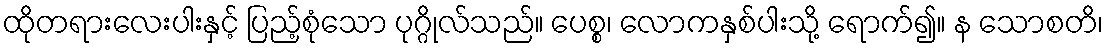
ထိုတရားလေးပါးနှင့် ပြည့်စုံသော ပုဂ္ဂိုလ်သည်။ ပေစ္စ၊ လောကနှစ်ပါးသို့ ရောက်၍။ န သောစတိ၊